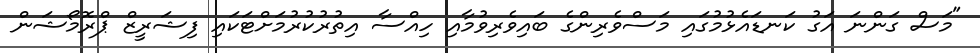
"މަސް ގަންނަ އަގު ކަނޑައެޅުމުގައި މަސްވެރިންގެ ބައިވެރިވުމާއި ހިއްސާ އިތުރުކުރުމަށްޓަކައި ފިޝަރީޒް ޕްރޮމޯޝަން